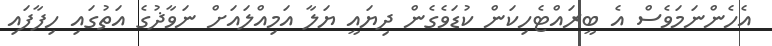
އެހެންނަމަވެސް އެ ބީރައްޓެހިކަން ކުޑަވެގެން ދިޔައީ ޔަލާ އަމިއްލައަށް ނަވާޛުގެ އަތުގައި ހިފާފައި